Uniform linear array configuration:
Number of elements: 12
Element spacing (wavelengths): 0.75
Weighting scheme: kaiser
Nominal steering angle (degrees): -60
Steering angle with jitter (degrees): -59.418
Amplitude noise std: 0.05
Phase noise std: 0.05

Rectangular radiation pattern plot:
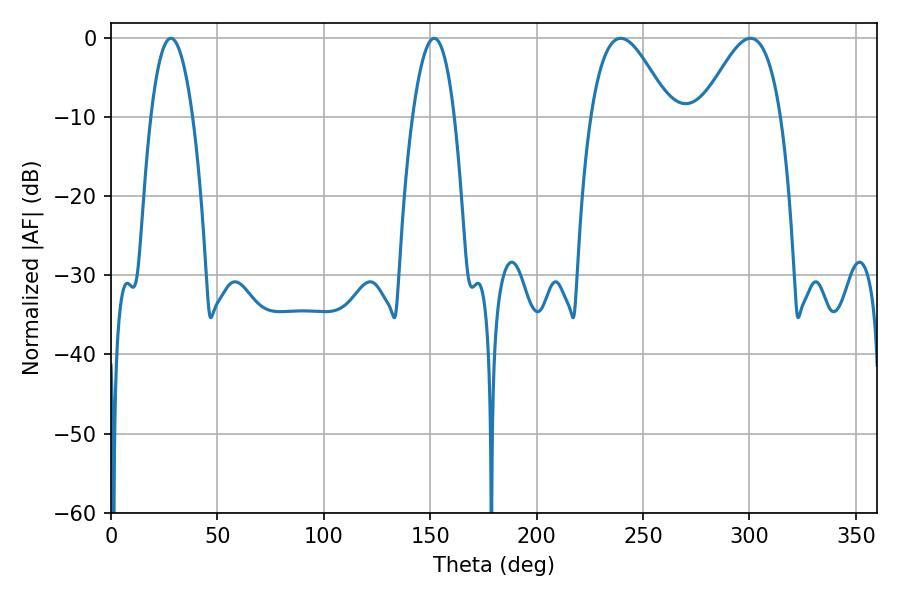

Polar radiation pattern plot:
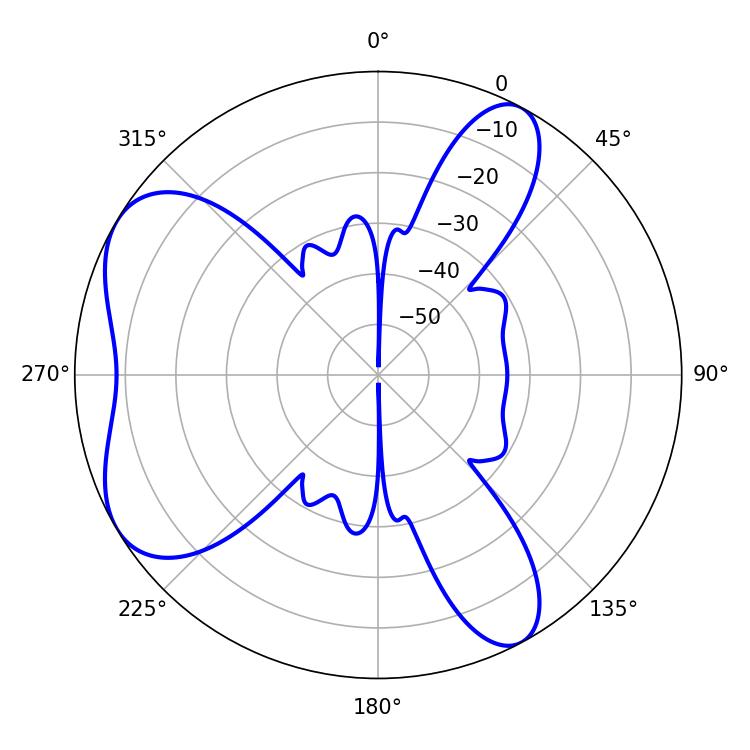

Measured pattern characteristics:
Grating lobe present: TRUE
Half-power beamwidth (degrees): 19.98
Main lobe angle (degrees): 300.42